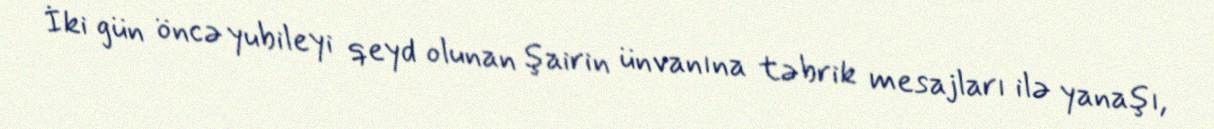
İki gün öncə yubileyi qeyd olunan şairin ünvanına təbrik mesajları ilə yanaşı,